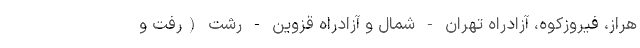
هراز، فیروزکوه، آزادراه تهران - شمال و آزادراه قزوین - رشت (رفت و